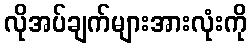
လိုအပ်ချက်များအားလုံးကို